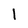
Character: l